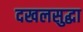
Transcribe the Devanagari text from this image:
दखलसुद्धा